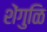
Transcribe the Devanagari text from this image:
शेंगुळि